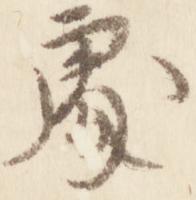
処